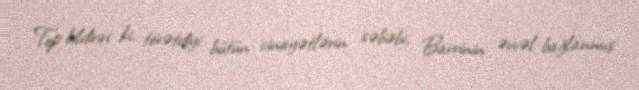
Top bildiriri ki, törətdiyi bütün cinayətlərin səbəbi, Barrinin əvvəl bağlanmış